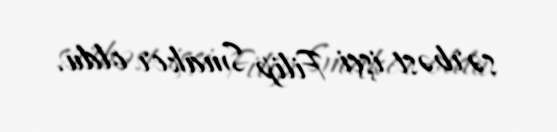
sərbəst işçi Filip Smaker oldu.